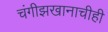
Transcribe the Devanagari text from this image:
चंगीझखानाचीही